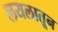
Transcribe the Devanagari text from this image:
लयलातून